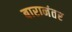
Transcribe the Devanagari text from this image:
बारानंतर